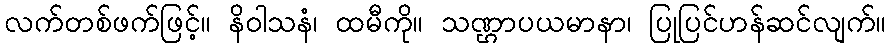
လက်တစ်ဖက်ဖြင့်။ နိဝါသနံ၊ ထမီကို။ သဏ္ဌာပယမာနာ၊ ပြုပြင်ဟန်ဆင်လျက်။